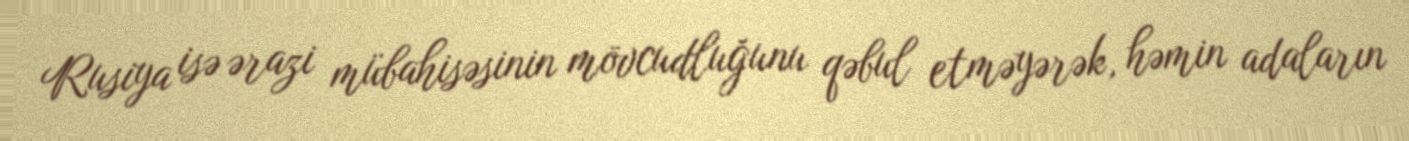
Rusiya isə ərazi mübahisəsinin mövcudluğunu qəbul etməyərək, həmin adaların